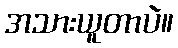
အသားယူတာပဲ။